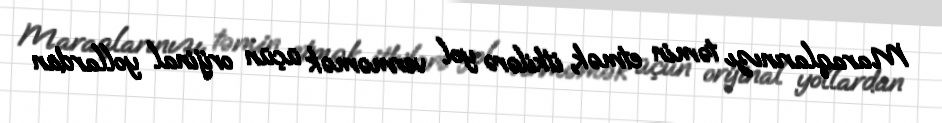
Maraqlarınızı təmin etmək, itkilərə yol verməmək üçün orijinal yollardan